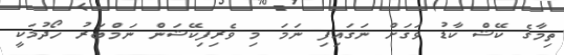
ތިމާގެ ކޭޝް ކާޑު ވަގަށް ނަގައިފި ނަމަ މި ވެރިފިކޭޝަން ނަމްބަރު ހޯދުމަކީ